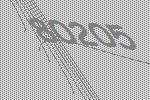
80205